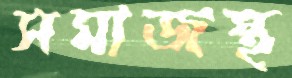
সমাজস্থ